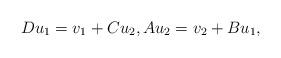
LaTeX: \begin{align*}D u_1 = v_1 + C u_2, A u_2 = v_2 + B u_1,\end{align*}